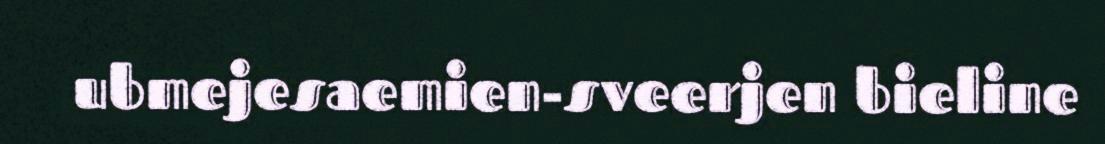
ubmejesaemien-sveerjen bieline